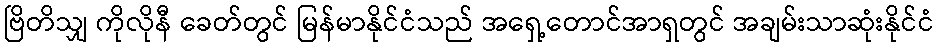
ဗြိတိသျှ ကိုလိုနီ ခေတ်တွင် မြန်မာနိုင်ငံသည် အရှေ့တောင်အာရှတွင် အချမ်းသာဆုံးနိုင်ငံ